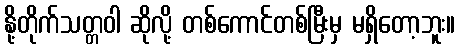
နို့တိုက်သတ္တဝါ ဆိုလို့ တစ်ကောင်တစ်မြီးမှ မရှိတော့ဘူး။